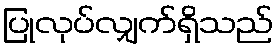
ပြုလုပ်လျှက်ရှိသည်